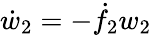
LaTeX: \dot{w}_{2}=-\dot{f}_{2}w_{2}